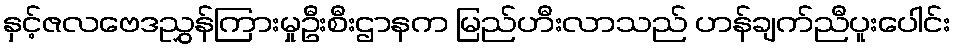
နှင့်ဇလဗေဒညွှန်ကြားမှုဦးစီးဌာနက မြည်ဟီးလာသည် ဟန်ချက်ညီပူးပေါင်း